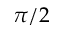
\pi / 2